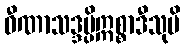
ဝီဏာသဒ္ဒမ္ပိဣစ္စာဒီသုပိ